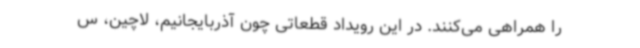
را همراهی می‌کنند. در این رویداد قطعاتی چون آذربایجانیم، لاچین، س